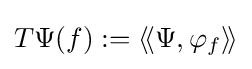
T\Psi (f):=\left\langle \!\left\langle \Psi ,\varphi _{f}\right\rangle \!\right\rangle